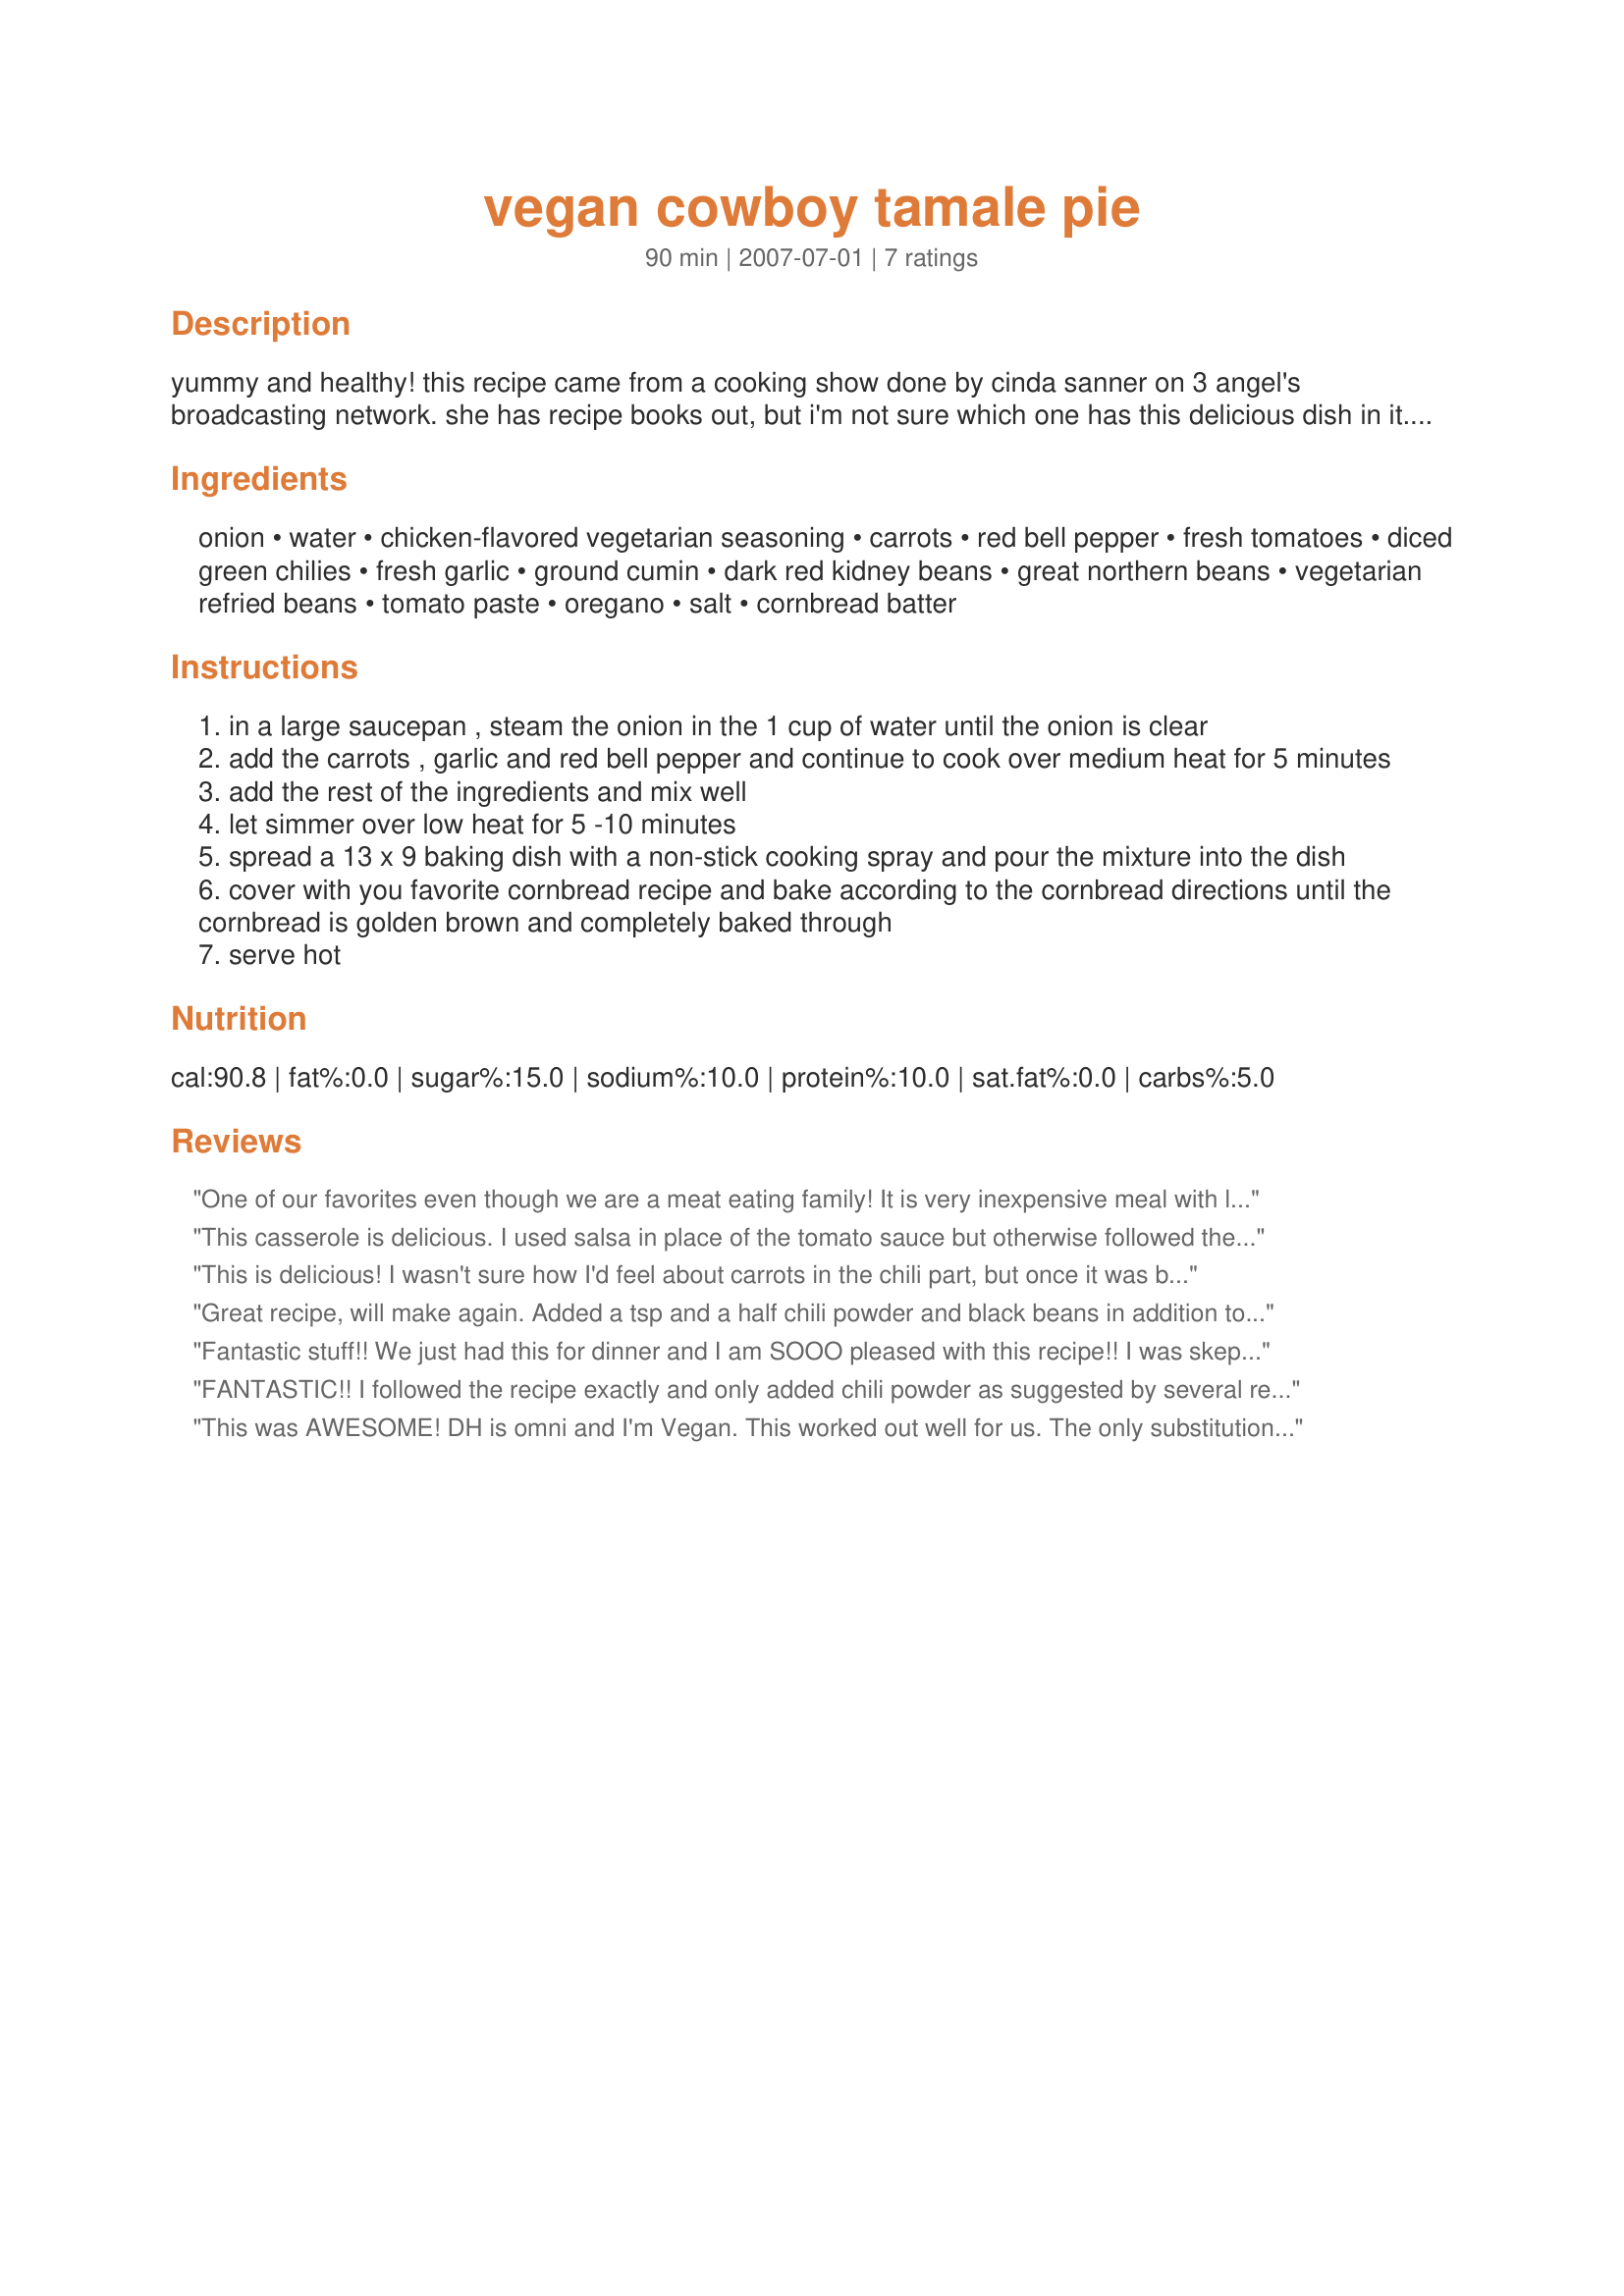
vegan cowboy tamale pie
Preparation time: 90 minutes

yummy and healthy! this recipe came from a cooking show done by cinda sanner on 3 angel's broadcasting network. she has recipe books out, but i'm not sure which one has this delicious dish in it. i made this for two potlucks and everyone loved it both times. i used the vegan cornbread recipe posted on zaar by vino girl. tastes great served with our creamy vegan mashed potatoes. update: if you do use vino girl's recipe #115929 like i do for the topping, double it to give it the thick cornbread layer like shown in my picture. otherwise its just a thin crust.

Ingredients:
onion, water, chicken-flavored vegetarian seasoning, carrots, red bell pepper, fresh tomatoes, diced green chilies, fresh garlic, ground cumin, dark red kidney beans, great northern beans, vegetarian refried beans, tomato paste, oregano, salt, cornbread batter

Steps:
in a large saucepan , steam the onion in the 1 cup of water until the onion is clear
add the carrots , garlic and red bell pepper and continue to cook over medium heat for 5 minutes
add the rest of the ingredients and mix well
let simmer over low heat for 5 -10 minutes
spread a 13 x 9 baking dish with a non-stick cooking spray and pour the mixture into the dish
cover with you favorite cornbread recipe and bake according to the cornbread directions until the cornbread is golden brown and completely baked through
serve hot

Reviews:
One of our favorites even though we are a meat eating family! It is very inexpensive meal with lots of flavor, it make huge amounts (so plenty for us to have another meal for lunch the next day). Follow the recipe or make changes as the others have - either way, you can&#039;t go wrong!
This casserole is delicious. I used salsa in place of the tomato sauce but otherwise followed the recipe. I should have doubled my corn bread recipe as advised by the recipe author. I think that next time I would add some chile powder as was done by a previous reviewer. Thanks for posting.
This is delicious! I wasn't sure how I'd feel about carrots in the chili part, but once it was baked I couldn't even taste them but appreciated their texture. I used a smaller casserole dish and used half the chili, freezing the other half to use another night. The cornbread on top was perfect, and the whole casserole makes a delicious leftover. This is a real keeper.
Great recipe, will make again. Added a tsp and a half chili powder and black beans in addition to kidney, great northern and vegetarian refried beans. Added a little corn to the corn bread and as I am not actually a vegan a dollop of light sour cream and some black olives on top. It was quite good and I plan to make again. I made this twice from one recipe putting half the chili in the freezer and bringing it out when an unexpected guest arrived. Worked out great using 1/2 corn bread recipe each time.
Fantastic stuff!! We just had this for dinner and I am SOOO pleased with this recipe!! I was skeptical about the steam cooking and the amounts of water, but everything turned out nicely done. The filling stood neatly in the pan, not slopping all around the dish like so many bean & veggie (no cheese) casseroles. I used two cubes of vegetable bouillon (enough to make 2 cups broth) for the seasoning. I doubled the recipe on the back of the Quaker cornmeal can, using soy milk and cage-free organic eggs, and it turned out wonderfully golden, brown at the edges, sweet, and a terrific complement to the spicy bean filling. OH - I also added about a tbsp. of chili powder. Baked for about 30 minutes, it came out perfectly. Now I have a panful of delicious tamale pie to eat for a few more meals - great for an unpredictable grad school schedule!! Thank you so much for posting this gem!!
FANTASTIC!! I followed the recipe exactly and only added chili powder as suggested by several reviewers. Also added cayenne powder since I like my food spicy. I used the Vegan Cornbread by Vino Girl's.
This was AWESOME! DH is omni and I'm Vegan. This worked out well for us. The only substitutions I made were as follows: about 3/4 of an onion, instead of 3 c fresh tomatoes I used 1 10 oz can of Rotel diced tomatoes and green chilies, instead of kidney beans I used hot chili beans. I split the recipe in half and made mine w/o meat in an 8 inch round pan and DH w/meat in his own 8 inch round pan. This will go into our dinner rotation. Thank you so much for posting.
